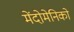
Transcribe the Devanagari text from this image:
मेंदोमेनिको